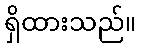
ရှိထားသည်။